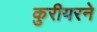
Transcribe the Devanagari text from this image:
कुरीयरने